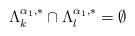
LaTeX: \begin{align*}\Lambda_k^{\alpha_1,\ast}\cap \Lambda_l^{\alpha_1,\ast}=\emptyset\end{align*}